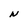
Character: N